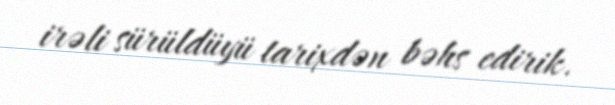
irəli sürüldüyü tarixdən bəhs edirik.